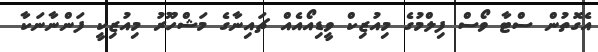
އެގޮތުން ސްޓާ ވޯސް ފިލްމުގެ މިއުޒިކް ވީޑިއޯއެއް ޗައިނާގެ މަޝްހޫރު މިއުޒިކީ ފަންނާނަކާ